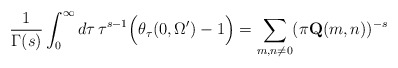
\begin{align*}\frac{1}{\Gamma(s)} \int_0^{\infty} d \tau \,\tau^{s-1} \Big(\theta_{\tau}(0,\Omega') -1 \Big) = \sum_{m,n \neq 0} (\pi \mathbf{Q}(m,n))^{-s} \end{align*}